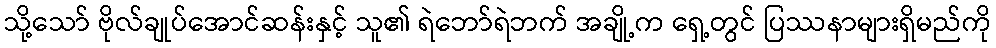
သို့သော် ဗိုလ်ချုပ်အောင်ဆန်းနှင့် သူ၏ ရဲဘော်ရဲဘက် အချို့က ရှေ့တွင် ပြဿနာများရှိမည်ကို